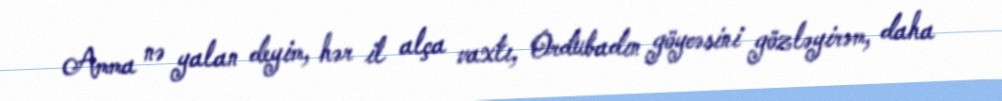
Amma nə yalan deyim, hər il alça vaxtı, Ordubadın göycəsini gözləyirəm, daha